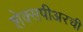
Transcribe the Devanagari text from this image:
शेक्सपीअरची